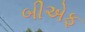
બીએફ